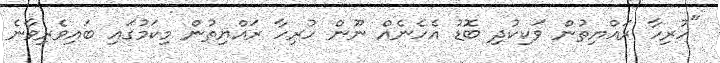
"ހުރިހާ ރައްޔިތުން ވަކިކުދި ބޮޑު އެހެނެއް ނޫން ހުރިހާ ރައްޔިތުން މިކަމުގައި ބައިވެރިވާނެ